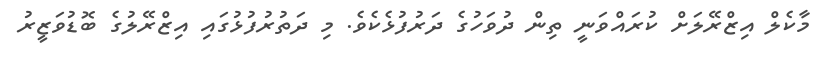
މާކެލް އިޒްރޭލަށް ކުރައްވަނީ ތިން ދުވަހުގެ ދަރުފުޅެކެވެ. މި ދަތުރުފުޅުގައި އިޒްރޭލުގެ ބޮޑުވަޒީރު